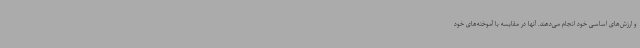
و ارزش‌های اساسی خود انجام می‌دهند. آنها در مقایسه با آموخته‌های خود